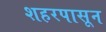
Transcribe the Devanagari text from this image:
शहरपासून